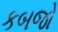
કબજો